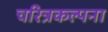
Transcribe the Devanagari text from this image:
चरित्रकल्पना